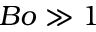
B o \gg 1